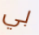
بي